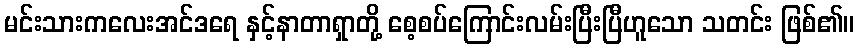
မင်းသားကလေးအင်ဒရေ နှင့်နာတာရှာတို့ စေ့စပ်ကြောင်းလမ်းပြီးပြီဟူသော သတင်း ဖြစ်၏။